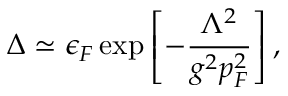
\Delta \simeq \epsilon _ { F } \exp \left[ - { \frac { \Lambda ^ { 2 } } { g ^ { 2 } p _ { F } ^ { 2 } } } \right] ,